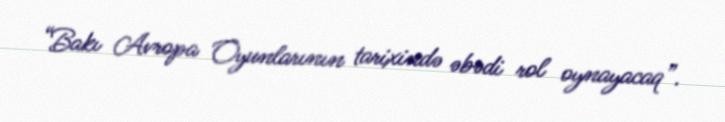
“Bakı Avropa Oyunlarının tarixində əbədi rol oynayacaq”.